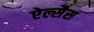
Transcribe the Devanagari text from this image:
ऐल्सैस